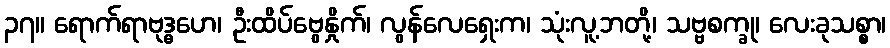
၃၇။ ရောက်ရာဗုဒ္ဓဟေ၊ ဦးထိပ်ဗွေနှိုက်၊ လွန်လေရှေးက၊ သုံးလူ့ဘတို့၊ သဗ္ဗစက္ခု၊ လေးခုသစ္စာ၊